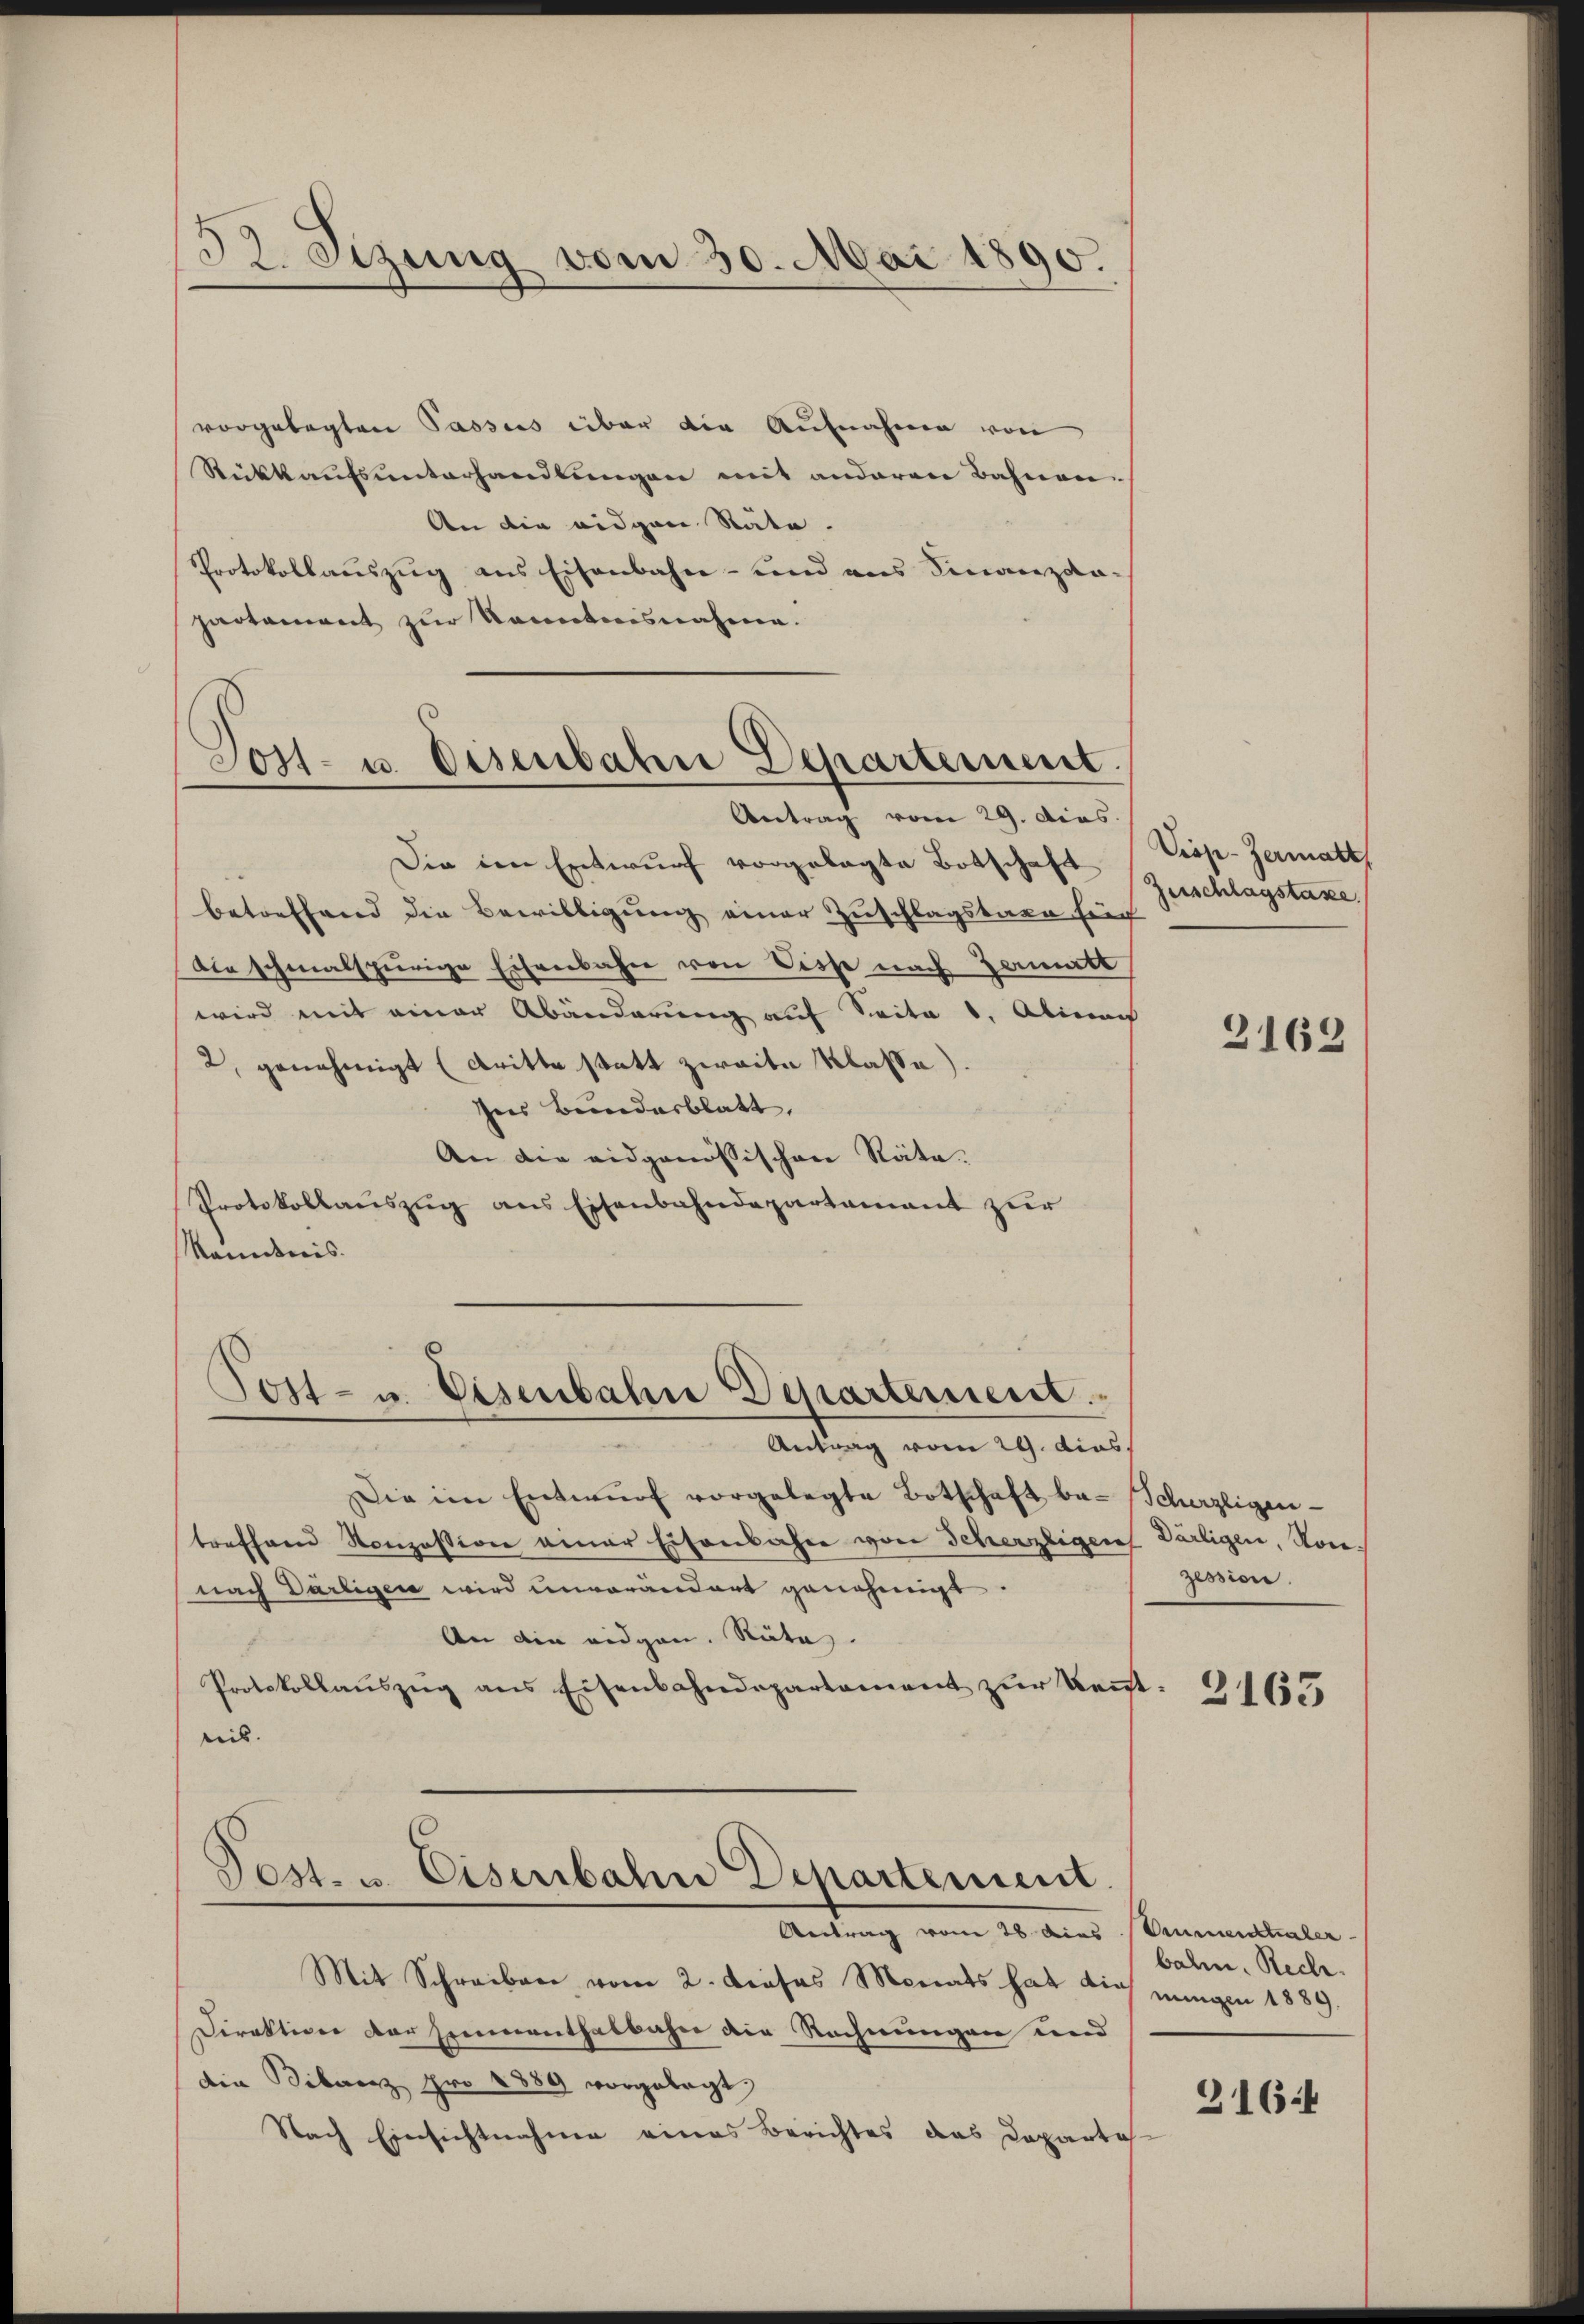
53. Sizung vom 30. Mai 1890.

vorgelegten Passis über die Aufnahme von
Rückkaufsunterhandlungen mit anderen Bahnen.
An die eidgen Stäte.
Protokollauszug aus Eisenbahn- und aus Finanzdapartament zur Kenntnisnahme.
Sost- u. Disenbahn Departement.

Antrag vom 29. Dies

Die im Entwurf vorgelegte Botschaft
betreffend die Bewilligung einer Zuschlagstern für
Die schmalspurige Eisenbahn von Disse nach Zamatt
wird mit einer Abänderung auf Seite 3. Alinac
2, genehmigt (dritte statt zweite Klasse)
Ines Bundesblatt,
An die eidgenössischen Räte.
Protokollauszug aus Eisenbahndepartament zur
kanntnis.

Post- u. Eisenbahn Departement.

Pest. u. Eisenbahn Departement.
Antrag vom 28 dies Sumentialer

Antrag vom 29. dies
Die im Entwŭrf vorgelegte Botschaft ba-Scherzligen-
treffend Konzession einer Eisenbahre von Scherzligen Darligen, Konnach Darligen wird unverändert genehmigt
An die eidgen. Räte.
Protokollaŭszŭg ans Eisenbahndepartament zŭr Kennt-
reis.

Viop-Zermatt
Zuschlagstaxe.

Mit Schreiben vom 2. Prosas Monats hat die eingen 1889.
Direktion der Heimenthalbahn die Rechnungen und
die Fibaerz pro 1889 vorgelegt,
Nach Einsichtnahme eines Berichtes das Departes

2162

zession.

2163

bahn. Reche.

3164